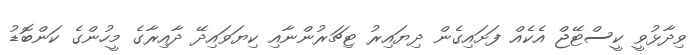
ވިދާޅުވީ ކީސްޓޭޖް އެކެއް ފަށައިގެން ދިޔައިރު ޓިޗަރުންނާއި ކިޔަވައިދޭ ދާއިރާގެ މީހުންގެ ކަންބޮޑު